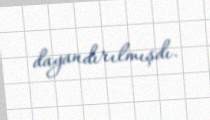
dayandırılmışdı.